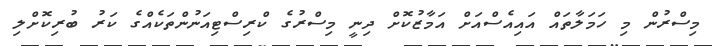
މިސްރުން މި ހަމަލާތައް އައިއެސްއަށް އަމާޒުކޮށް ދިނީ މިސްރުގެ ކްރިސްޓިއަނުންތަކެއްގެ ކަރު ބުރިކޮށްލި